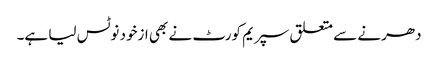
دھرنے سے متعلق سپریم کورٹ نے بھی ازخود نوٹس لیا ہے۔